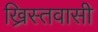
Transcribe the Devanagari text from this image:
ख्रिस्तवासी